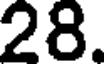
28.